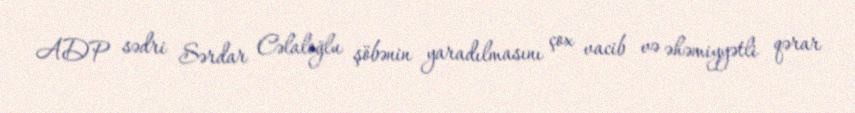
ADP sədri Sərdar Cəlaloğlu şöbənin yaradılmasını çox vacib və əhəmiyyətli qərar